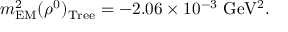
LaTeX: m _ { \mathrm { E M } } ^ { 2 } ( \rho ^ { 0 } ) _ { \mathrm { T r e e } } = - 2 . 0 6 \times 1 0 ^ { - 3 } ~ \mathrm { G e V ^ { 2 } } .